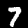
Digit: 7